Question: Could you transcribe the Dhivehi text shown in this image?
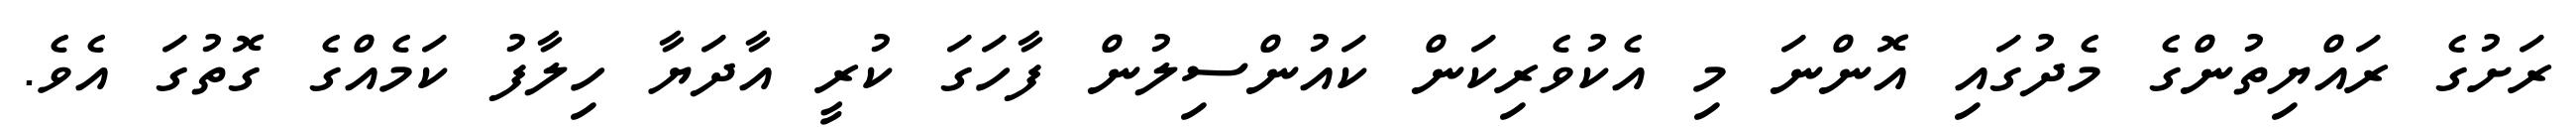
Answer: ރަށުގެ ރައްޔިތުންގެ މެދުގައި އޮންނަ މި އެކުވެރިކަން ކައުންސިލުން ފާހަގަ ކުރީ އާދަޔާ ހިލާފު ކަމެއްގެ ގޮތުގަ އެވެ.